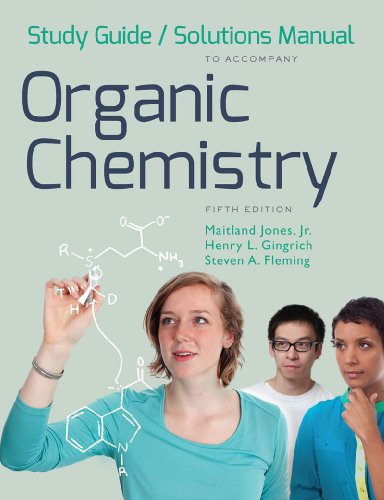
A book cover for Study Guide and Solutions Manual: for Organic Chemistry, Fifth Edition; Maitland Jones Jr.; Science & Math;